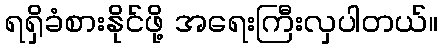
ရရှိခံစားနိုင်ဖို့ အရေးကြီးလှပါတယ်။